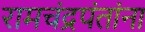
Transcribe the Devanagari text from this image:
रामचंद्रपंतांना